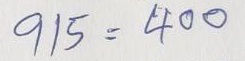
915 = 400